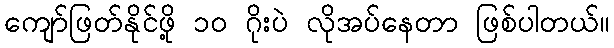
ကျော်ဖြတ်နိုင်ဖို့ ၁၀ ဂိုးပဲ လိုအပ်နေတာ ဖြစ်ပါတယ်။